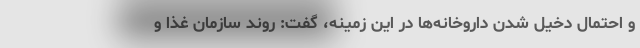
و احتمال دخیل شدن داروخانه‌ها در این زمینه، گفت: روند سازمان غذا و